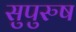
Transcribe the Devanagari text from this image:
सुपुरुष